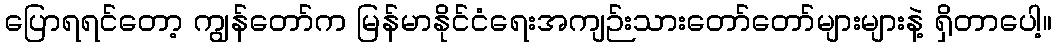
ပြောရရင်တော့ ကျွန်တော်က မြန်မာနိုင်ငံရေးအကျဉ်းသားတော်တော်များများနဲ့ ရှိတာပေါ့။